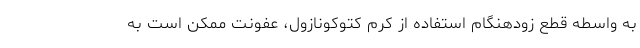
به واسطه قطع زودهنگام استفاده از کرم کتوکونازول، عفونت ممکن است به